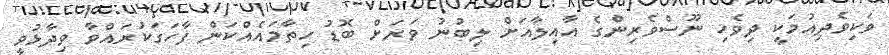
ވަކިވެދިއުމަކީ ދިވެހި ނޫސްވެރިންގެ އާއިލާއަށް ލިބުނު ވަރަށް ބޮޑު ހިތާމައެއްކަން ފާހަގަކުރައްވާ ވިދާޅުވީ